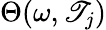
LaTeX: \Theta(\omega,\mathscr{T}_{j})